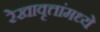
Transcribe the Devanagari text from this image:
रेखावृत्तांमध्ये